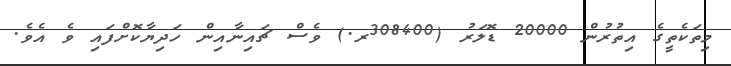
މިތަކެތީގެ އިތުރުން 20000 ޑޮލަރު (308400ރ.) ވެސް ޗައިނާއިން ހަދިޔާކޮށްފައި ވެ އެވެ.